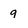
Character: g